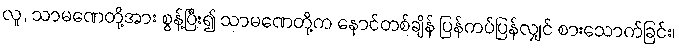
လူ, သာမဏေတို့အား စွန့်ပြီး၍ သာမဏေတို့က နောင်တစ်ချိန် ပြန်ကပ်ပြန်လျှင် စားသောက်ခြင်း၊